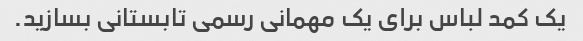
یک کمد لباس برای یک مهمانی رسمی تابستانی بسازید.